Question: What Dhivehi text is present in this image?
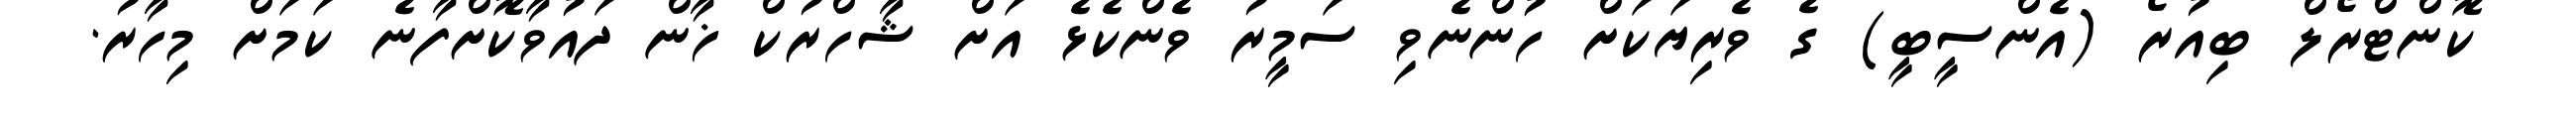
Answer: ކޮންޓްރޯލް ބިއުރޯ (އެންސީބީ) ގެ ވެރިޔަކަށް ހުންނެވި ސަމީރު ވެންކެޅެ އަށް ޝާހްރުކް ޚާން ދައުވާކޮށްފާނެ ކަމަށް މިހާރު.